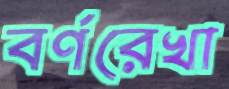
বর্ণরেখা